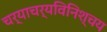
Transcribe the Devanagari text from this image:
चर्याचर्यविनिश्चय